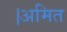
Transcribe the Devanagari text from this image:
।अमित